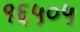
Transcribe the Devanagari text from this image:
१६५०५